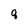
Character: q